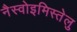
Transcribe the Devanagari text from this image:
नैस्वोइमिस्तेलु